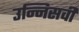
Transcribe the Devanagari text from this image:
उन्निसवी